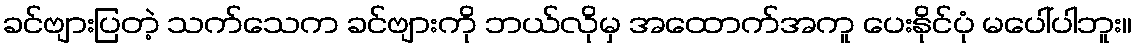
ခင်ဗျားပြတဲ့ သက်သေက ခင်ဗျားကို ဘယ်လိုမှ အထောက်အကူ ပေးနိုင်ပုံ မပေါ်ပါဘူး။